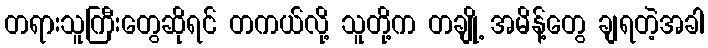
တရားသူကြီးတွေဆိုရင် တကယ်လို့ သူတို့က တချို့ အမိန့်တွေ ချရတဲ့အခါ